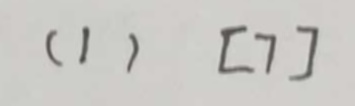
( 1 ) [ 7 ]